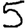
Digit: 5